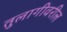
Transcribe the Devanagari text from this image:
तुलागीवरील